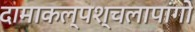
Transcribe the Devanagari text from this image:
दामाकल्पश्चलापांगो